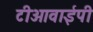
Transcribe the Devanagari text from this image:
टीओवाईपी